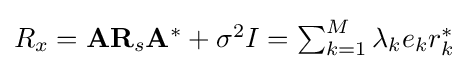
\textstyle R_{x}=\mathbf {A} \mathbf {R} _{s}\mathbf {A} ^{*}+\sigma ^{2}I=\sum _{k=1}^{M}\lambda _{k}e_{k}r_{k}^{*}